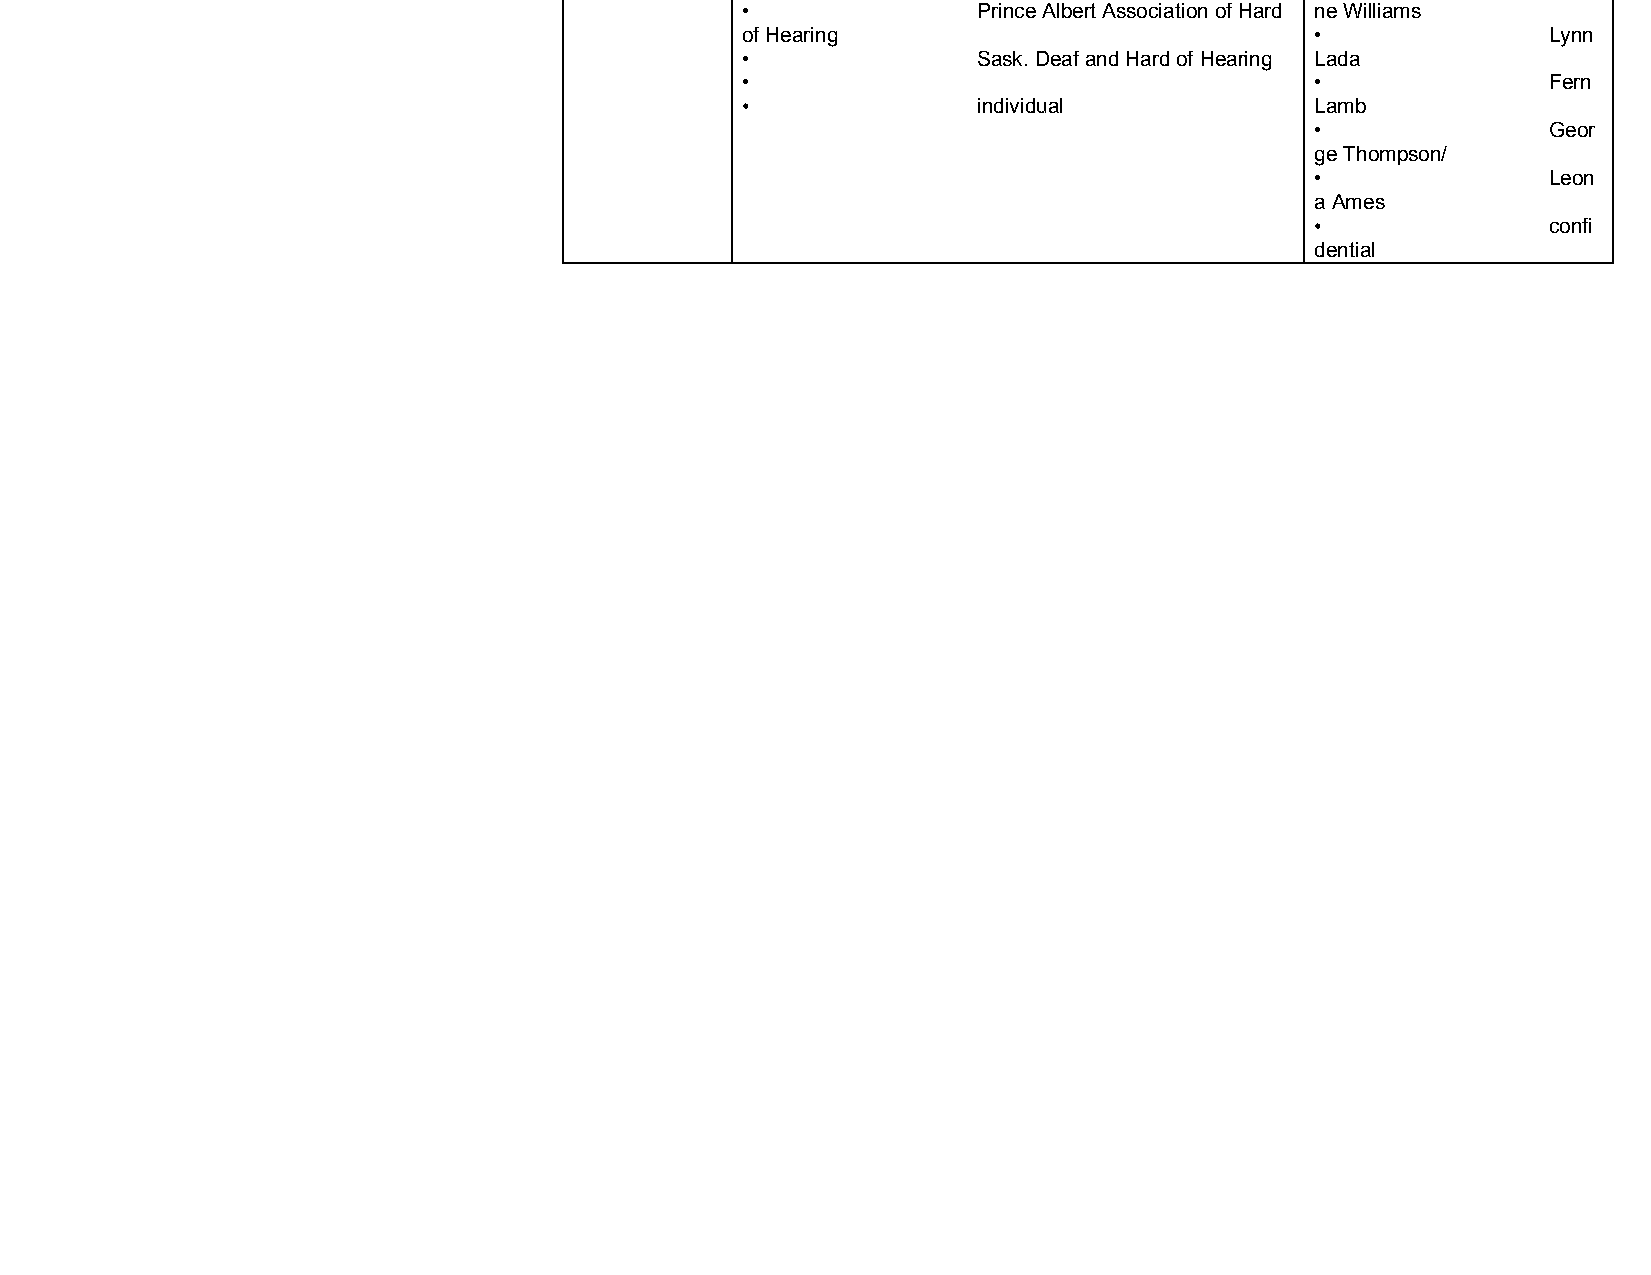
•               Prince Albert Association of Hard ne Williams
 of Hearing                            •              Lynn
 •               Sask. Deaf and Hard of Hearing Lada
 •                                     •              Fern
 •               individual            Lamb
 •              Geor
 ge Thompson/
 •              Leon
 a Ames
 •              confi
 dential